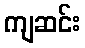
ကျဆင်း